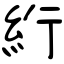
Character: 絎